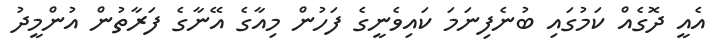
އެއީ ދޮގެއް ކަމުގައި ބުނެފިނަމަ ކައިވެނީގެ ފަހުން މިއާގެ އޭނާގެ ފަރާތުން އުންމީދު